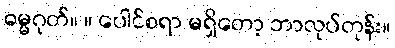
ဓမ္မဂုတ်။ ။ ပေါင်စရာ မရှိတော့ ဘာလုပ်တုန်း။